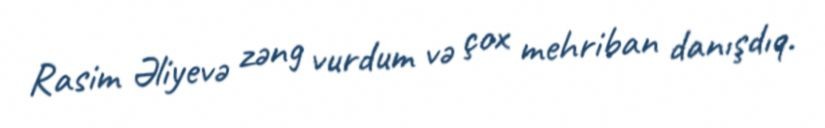
Rasim Əliyevə zəng vurdum və çox mehriban danışdıq.